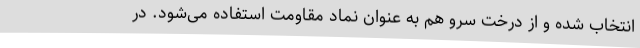
انتخاب شده و از درخت سرو هم به عنوان نماد مقاومت استفاده می‌شود. در